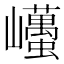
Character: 𡿋